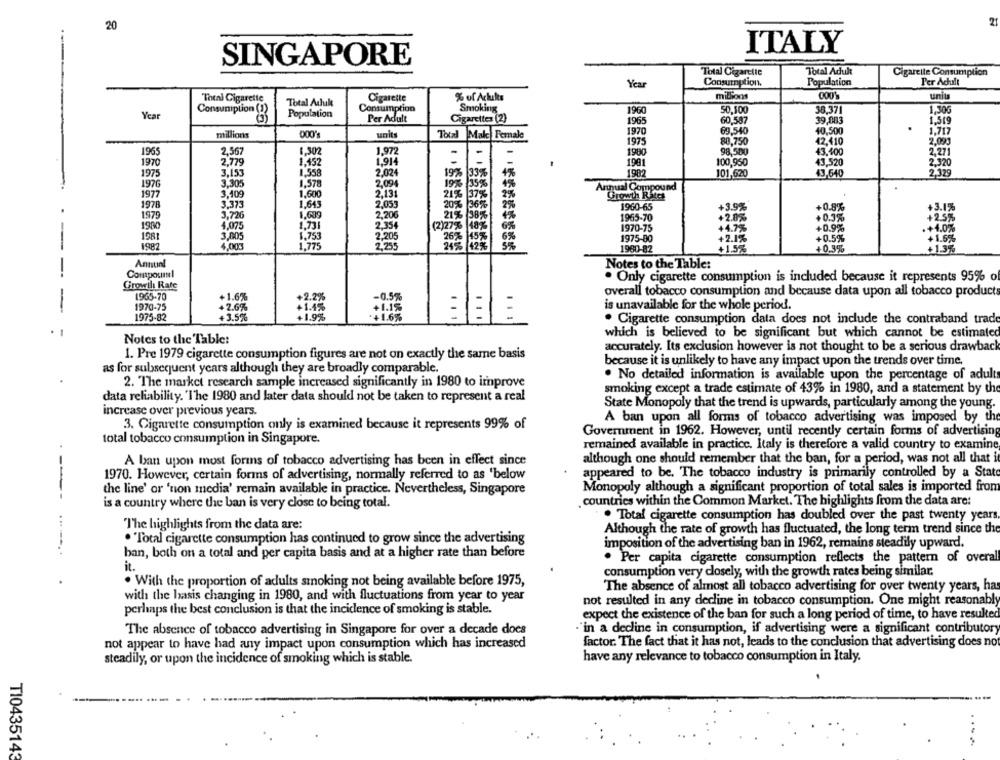
21
20
ITALY
SINGAPORE
Total Cigarette
Total Adult
Cigarette Consumption
Year
Consumption.
Population
Per Adult
Theal Cigarette
Cigarette
% of Acluks
millions
uniu
Total Achuılı
Year
Consumption (1)
Population
Consumption
Smoking
1960
50,500
38,371
Per Adult
Cigarettes (2)
1965
60,587
39,083
1970
69,540
1.717
millions
000
units
Total Mak Female
40,500
1975
88,750
42,410
2,093
1965
2,567
1,502
1,972
-
1980
98,500
43.400
1970
2,779
1,452
1,914
1991
100 950
43.520
2.320
1975
3.153
1.558
2.024
19% 33%
1982
101,620
43,640
2,329
197G
3.305
1.578
2,094
19% 35%
Annual Compound
1977
3.409
1.600
2,131
219 37%
2%
Growth Rates
1978
3.373
1.645
2.053
20% 36%
2%
1960-65
+3.9%
+3.1%
1979
2.206
+0.8%
3,726
1.609
21% 38%
1965-70
+2.8%
+0.3%
+2.5%
1980
4.075
1,731
2,354
(2)27%
1970-75
+4.7%
+0.9%
.+4.0%
1981
3,005
1.753
2,205
26% 45
6%
1975-80
+2.1%
+0.5%
+1.6%
1982
4,003
1.775
2.255
24%
142%
5%
1960-82
+1.5%
+0,3%
+13%
Anttinl
Notes to the Table:
Compourl
. Only cigarette consumption is included because it represents 95% of
Growth Rate
1965-70
overall tobacco consumption and because data upon all tobacco products
+1.6%
-0.5%
is unavailable for the whole period.
1970-75
2.6%
1975-82
+3.5%
*+1.6%
...
. Cigarette consumption data does not include the contraband trad
which is believed to be significant but which cannot be estimate
Notes to the 'Table:
accurately. Its exclusion however is not thought to be a serious drawback
1. Pre 1979 cigarette consumption figures are not on exactly the same basis
because it is unlikely to have any impact upon the trends over time,
as for subsequent years although they are broadly comparable.
. No detailed information is available upon the percentage of adult
2. The market research sample increased significantly in 1980 to improve
smoking except a trade estimate of 43% in 1980, and a statement by the
data reliability. 'I'he 1980 and later data should not be taken to represent a real
State Monopoly that the trend is upwards, particularly among the young.
increase over previous years.
A ban upon all forms of tobacco advertising was imposed by the
3. Cigarette consumption only is examined because it represents 99% of
Government in 1962. However, until recently certain forms of advertising
total tobacco consumption in Singapore.
remained available in practice. Italy is therefore a valid country to examine
A ban upon most forms of tobacco advertising has been in effect since
although one should remember that the ban, for a period, was not all that it
1970. However, certain forms of advertising, normally referred to as 'below
appeared to be. The tobacco industry is primarily controlled by a Stato
the line' or 'ton media' remain available in practice. Nevertheless, Singapore
Monopoly although a significant proportion of total sales is imported from
---
. countries within the Common Market. The highlights from the data are:
is a country where the ban is very close to being total.
. Total cigarette consumption has doubled over the past twenty years.
..
The highlights from the data are:
Although the rate of growth has fluctuated, the long term trend since the
. "Total cigarette consumption has continued to grow since the advertising
imposition of the advertising ban in 1962, remains steadily upward.
ban, both on a total and per capita basis and at a higher rate than before
. Per capita cigarette consumption reflects the pattern of overal
it."
consumption very closely, with the growth rates being similar.
. With the proportion of adults smoking not being available before 1975,
The absence of almost all tobacco advertising for over twenty years, ha
with the hasis changing in 1980, and with fluctuations from year to year
not resulted in any decline in tobacco consumption. One might reasonably
perhaps the best conclusion is that the incidence of smoking is stable.
expect the existence of the ban for such a long period of time, to have resulted
The absence of tobacco advertising in Singapore for over a decade does
"in a decline in consumption, if advertising were a significant contributor
not appear to have had any impact upon consumption which has increased
factor. The fact that it has not, leads to the conclusion that advertising does no
steadily, or upon the incidence of smoking which is stable.
have any relevance to tobacco consumption in Italy.
TI0435143